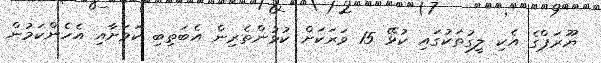
ޔޫރަޕްގެ އެކި ލީގުތަކުގައި ކުޅޭ 15 ވަރަކަށް ކުޅުންތެރިން އެބަތިބި ކަމަށާއި އެހެންކަމުން